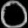
Digit: ၀